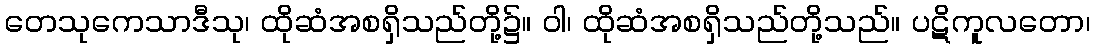
တေသုကေသာဒီသု၊ ထိုဆံအစရှိသည်တို့၌။ ဝါ၊ ထိုဆံအစရှိသည်တို့သည်။ ပဋိကူလတော၊